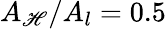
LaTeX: A_{\mathscr{H}}/A_{l}=0.5